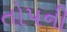
તોપની